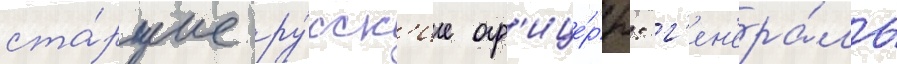
ста́ршие ру́сск'ие оф'ице́ры: г'ен'ера́лы